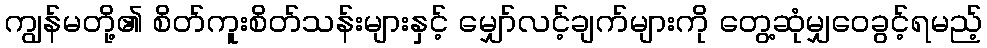
ကျွန်မတို့၏ စိတ်ကူးစိတ်သန်းများနှင့် မျှော်လင့်ချက်များကို တွေ့ဆုံမျှဝေခွင့်ရမည့်